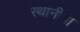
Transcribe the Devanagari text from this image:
स्‍थानीय।